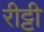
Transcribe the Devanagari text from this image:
रीट्टी